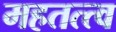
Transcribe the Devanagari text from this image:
महतत्त्व